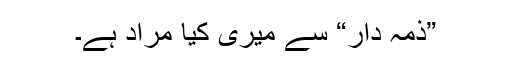
”ذمہ دار“ سے میری کیا مراد ہے۔